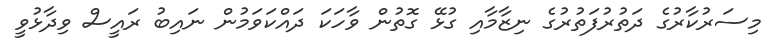
މިސަރުކާރުގެ ދަތުރުފަތުރުގެ ނިޒާމާއި ގުޅޭ ގޮތުން ވާހަކަ ދައްކަވަމުން ނައިބު ރައީސް ވިދާޅުވީ